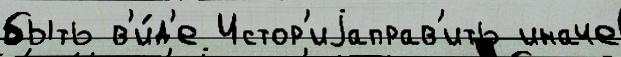
быть в'и́д'е Истор'иjаправ'ить иначе